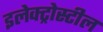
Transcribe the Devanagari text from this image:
इलेक्ट्रोस्टील